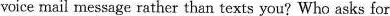
voice mail message rather than texts you? Who asks for